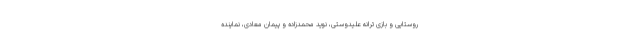
روستایی و بازی ترانه علیدوستی، نوید محمدزاده و پیمان معادی، نماینده